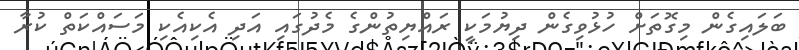
ބަލައިގެން މިގޮތަށް ހުޅުވިގެން ދިޔުމަކީ ރައްޔިތުންގެ މެދުގައި އަދި އެކިއެކި މަސައްކަތް ކުރާ